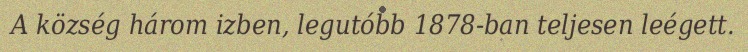
A község három izben, legutóbb 1878-ban teljesen leégett.